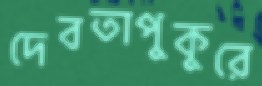
দেবতাপুকুরে